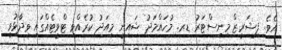
އެވެ. ފިޝަރީޒް މިނިސްޓަރު ޑރ. މުހައްމަދު ޝައިނީ މިއަދު ކުރެއްވި ޓްވީޓެއްގައި ވިދާޅުވީ